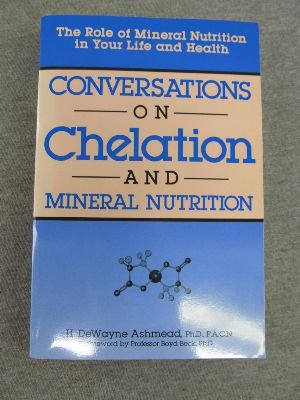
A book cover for Conversations on Chelation and Mineral Nutrition; H. Dewayne Ashmead; Health, Fitness & Dieting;